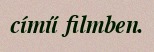
című filmben.